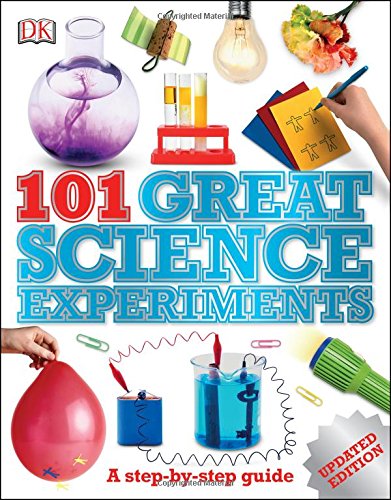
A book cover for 101 Great Science Experiments; Neil Ardley; Children's Books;